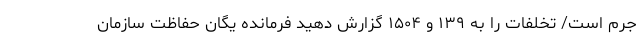
جرم است/ تخلفات را به ۱۳۹ و ۱۵۰۴ گزارش دهید فرمانده یگان حفاظت سازمان